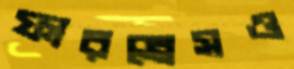
ফারব্রেসও